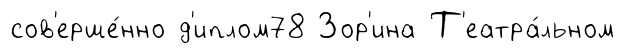
сов'ерше́нно д'иплом78 Зор'ина Т'еатра́льном